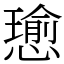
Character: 𢢭